Vaccination in Bombay 1869-1873 - 1869-1873
Year: 1869
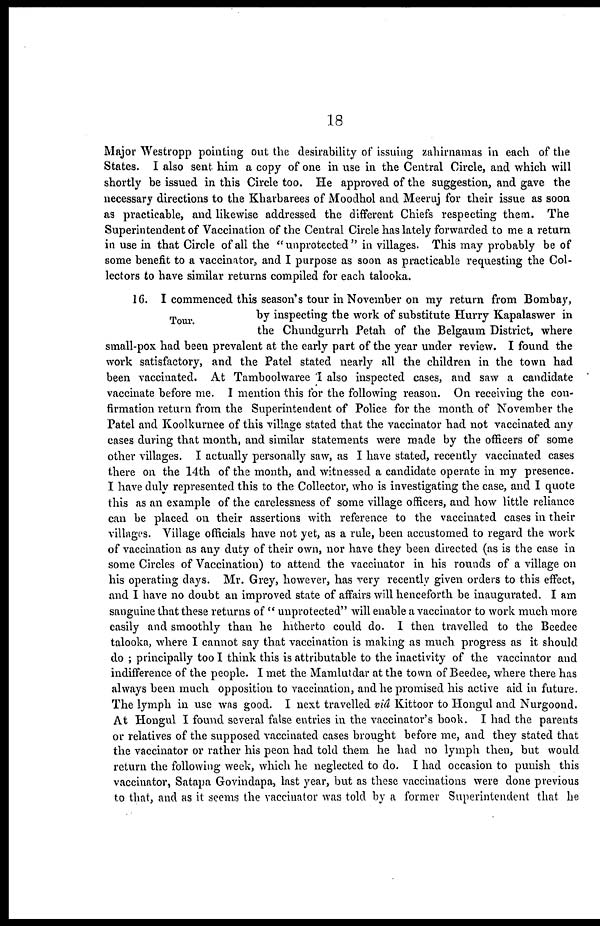
18
Major Westropp pointing out the desirability of issuing zahirnamas in each of the
States. I also sent him a copy of one in use in the Central Circle, and which will
shortly be issued in this Circle too. He approved of the suggestion, and gave the
necessary directions to the Kharbarees of Moodhol and Meeruj for their issue as soon
as practicable, and likewise addressed the different Chiefs respecting them. The
Superintendent of Vaccination of the Central Circle has lately forwarded to me a return
in use in that Circle of all the "unprotected" in villages. This may probably be of
some benefit to a vaccinator, and I purpose as soon as practicable requesting the Col-
lectors to have similar returns compiled for each talooka.
Tour.
16. I commenced this season's tour in November on my return from Bombay,
by inspecting the work of substitute Hurry Kapalaswer in
the Chundgurrh Petah of the Belgaum District, where
small-pox had been prevalent at the early part of the year under review. I found the
work satisfactory, and the Patel stated nearly all the children in the town had
been vaccinated. At Tamboolwaree I also inspected cases, and saw a candidate
vaccinate before me. I mention this for the following reason. On receiving the con-
firmation return from the Superintendent of Police for the month of November the
Patel and Koolkurnee of this village stated that the vaccinator had not vaccinated any
cases during that month, and similar statements were made by the officers of some
other villages. I actually personally saw, as I have stated, recently vaccinated cases
there on the 14th of the month, and witnessed a candidate operate in my presence.
I have duly represented this to the Collector, who is investigating the case, and I quote
this as an example of the carelessness of some village officers, and how little reliance
can be placed on their assertions with reference to the vaccinated cases in their
villages. Village officials have not yet, as a rule, been accustomed to regard the work
of vaccination as any duty of their own, nor have they been directed (as is the case in
some Circles of Vaccination) to attend the vaccinator in his rounds of a village on
his operating days. Mr. Grey, however, has very recently given orders to this effect,
and I have no doubt an improved state of affairs will henceforth be inaugurated. I am
sanguine that these returns of " unprotected" will enable a vaccinator to work much more
easily and smoothly than he hitherto could do. I then travelled to the Beedee
talooka, where I cannot say that vaccination is making as much progress as it should
do ; principally too I think this is attributable to the inactivity of the vaccinator and
indifference of the people. I met the Mamlutdar at the town of Beedee, where there has
always been much opposition to vaccination, and he promised his active aid in future.
The lymph in use was good. I next travelled viâ Kittoor to Hongul and Nurgoond.
At Hongul I found several false entries in the vaccinator's book. I had the parents
or relatives of the supposed vaccinated cases brought before me, and they stated that
the vaccinator or rather his peon had told them he had no lymph then, but would
return the following week, which he neglected to do. I had occasion to punish this
vaccinator, Satapa Govindapa, last year, but as these vaccinations were done previous
to that, and as it seems the vaccinator was told by a former Superintendent that he